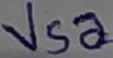
Text: Vsa